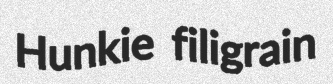
Hunkie filigrain